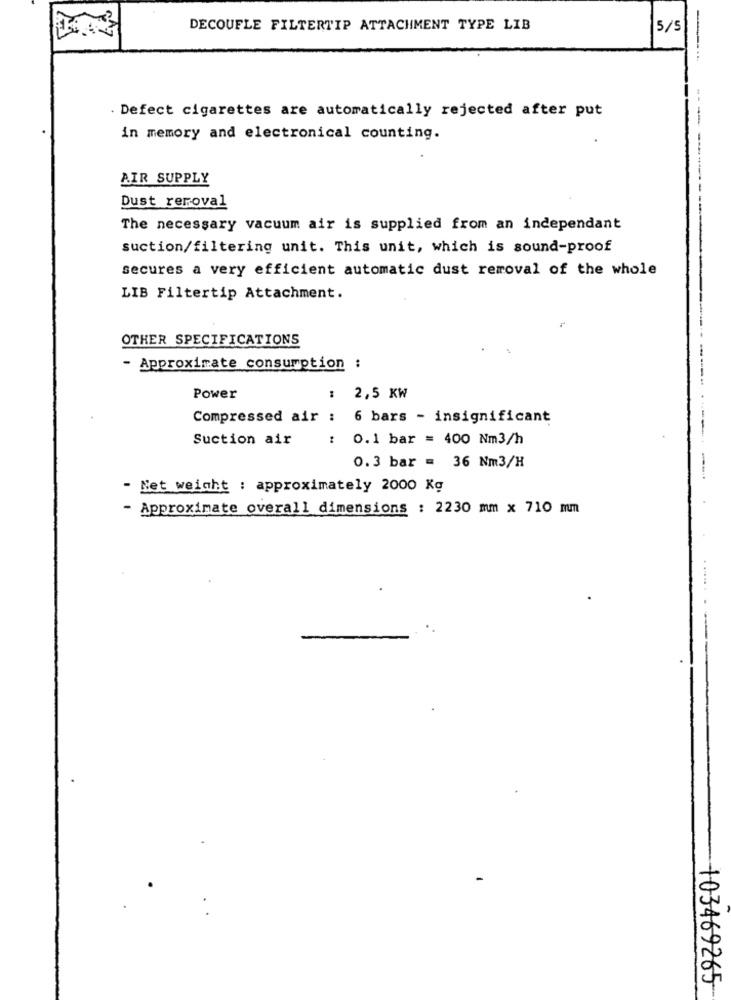
DECOUFLE FILTERTIP ATTACHMENT TYPE LIB
5/5
. Defect cigarettes are automatically rejected after put
in memory and electronical counting.
AIR SUPPLY
Dust removal
The necessary vacuum air is supplied from an independant
suction/filtering unit. This unit, which is sound-proof
secures a very efficient automatic dust removal of the whole
LIB Filtertip Attachment.
OTHER SPECIFICATIONS
Approximate consumption :
Power
: 2,5 KW
Compressed air : 6 bars - insignificant
Suction air
: 0.1 bar = 400 Nm3/h
0.3 bar = 36 Nm3/H
- Net weight : approximately 2000 Kg
- Approximate overall dimensions : 2230 mm x 710 mm
+03469265